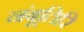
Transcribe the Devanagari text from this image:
नंबूतिरि